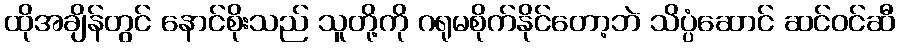
ထိုအချိန်တွင် နောင်စိုးသည် သူတို့ကို ဂရုမစိုက်နိုင်တော့ဘဲ သိပ္ပံဆောင် ဆင်ဝင်ဆီ